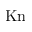
\mathrm { K n }